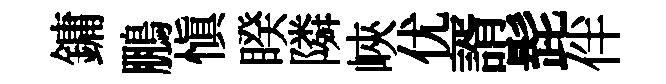
鏞鵬慎睽隣峽优諝髭伴